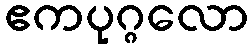
ဧကပုဂ္ဂလော